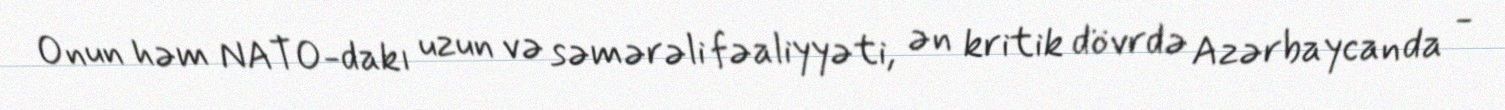
Onun həm NATO-dakı uzun və səmərəli fəaliyyəti, ən kritik dövrdə Azərbaycanda -